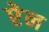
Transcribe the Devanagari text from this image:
एेन